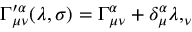
\Gamma _ { \mu \nu } ^ { \prime \alpha } ( \lambda , \sigma ) = \Gamma _ { \mu \nu } ^ { \alpha } + \delta _ { \mu } ^ { \alpha } \lambda , _ { \nu }